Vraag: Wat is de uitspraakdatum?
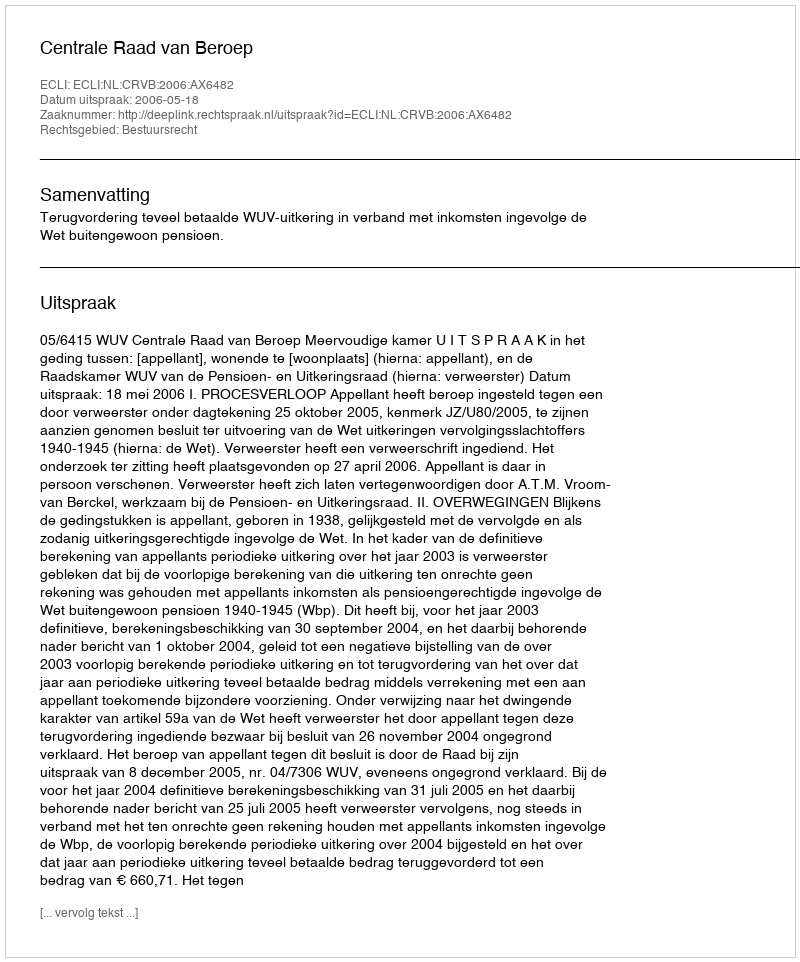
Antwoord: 2006-05-18